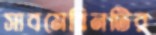
সাবমেরিনটির